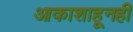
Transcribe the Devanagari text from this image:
आकाशाहूनही